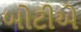
બોટીએ